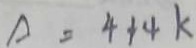
A = 4 + 4 k